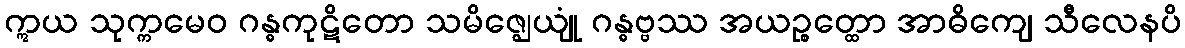
ဣယ သုက္ကမေဝ ဂန္ဓကုဋိတော သမိဇ္ဈေယျုံ ဂန္ဓဗ္ဗဿ အယဉ္စတ္ထော အာဓိကျေ သီလေနပိ